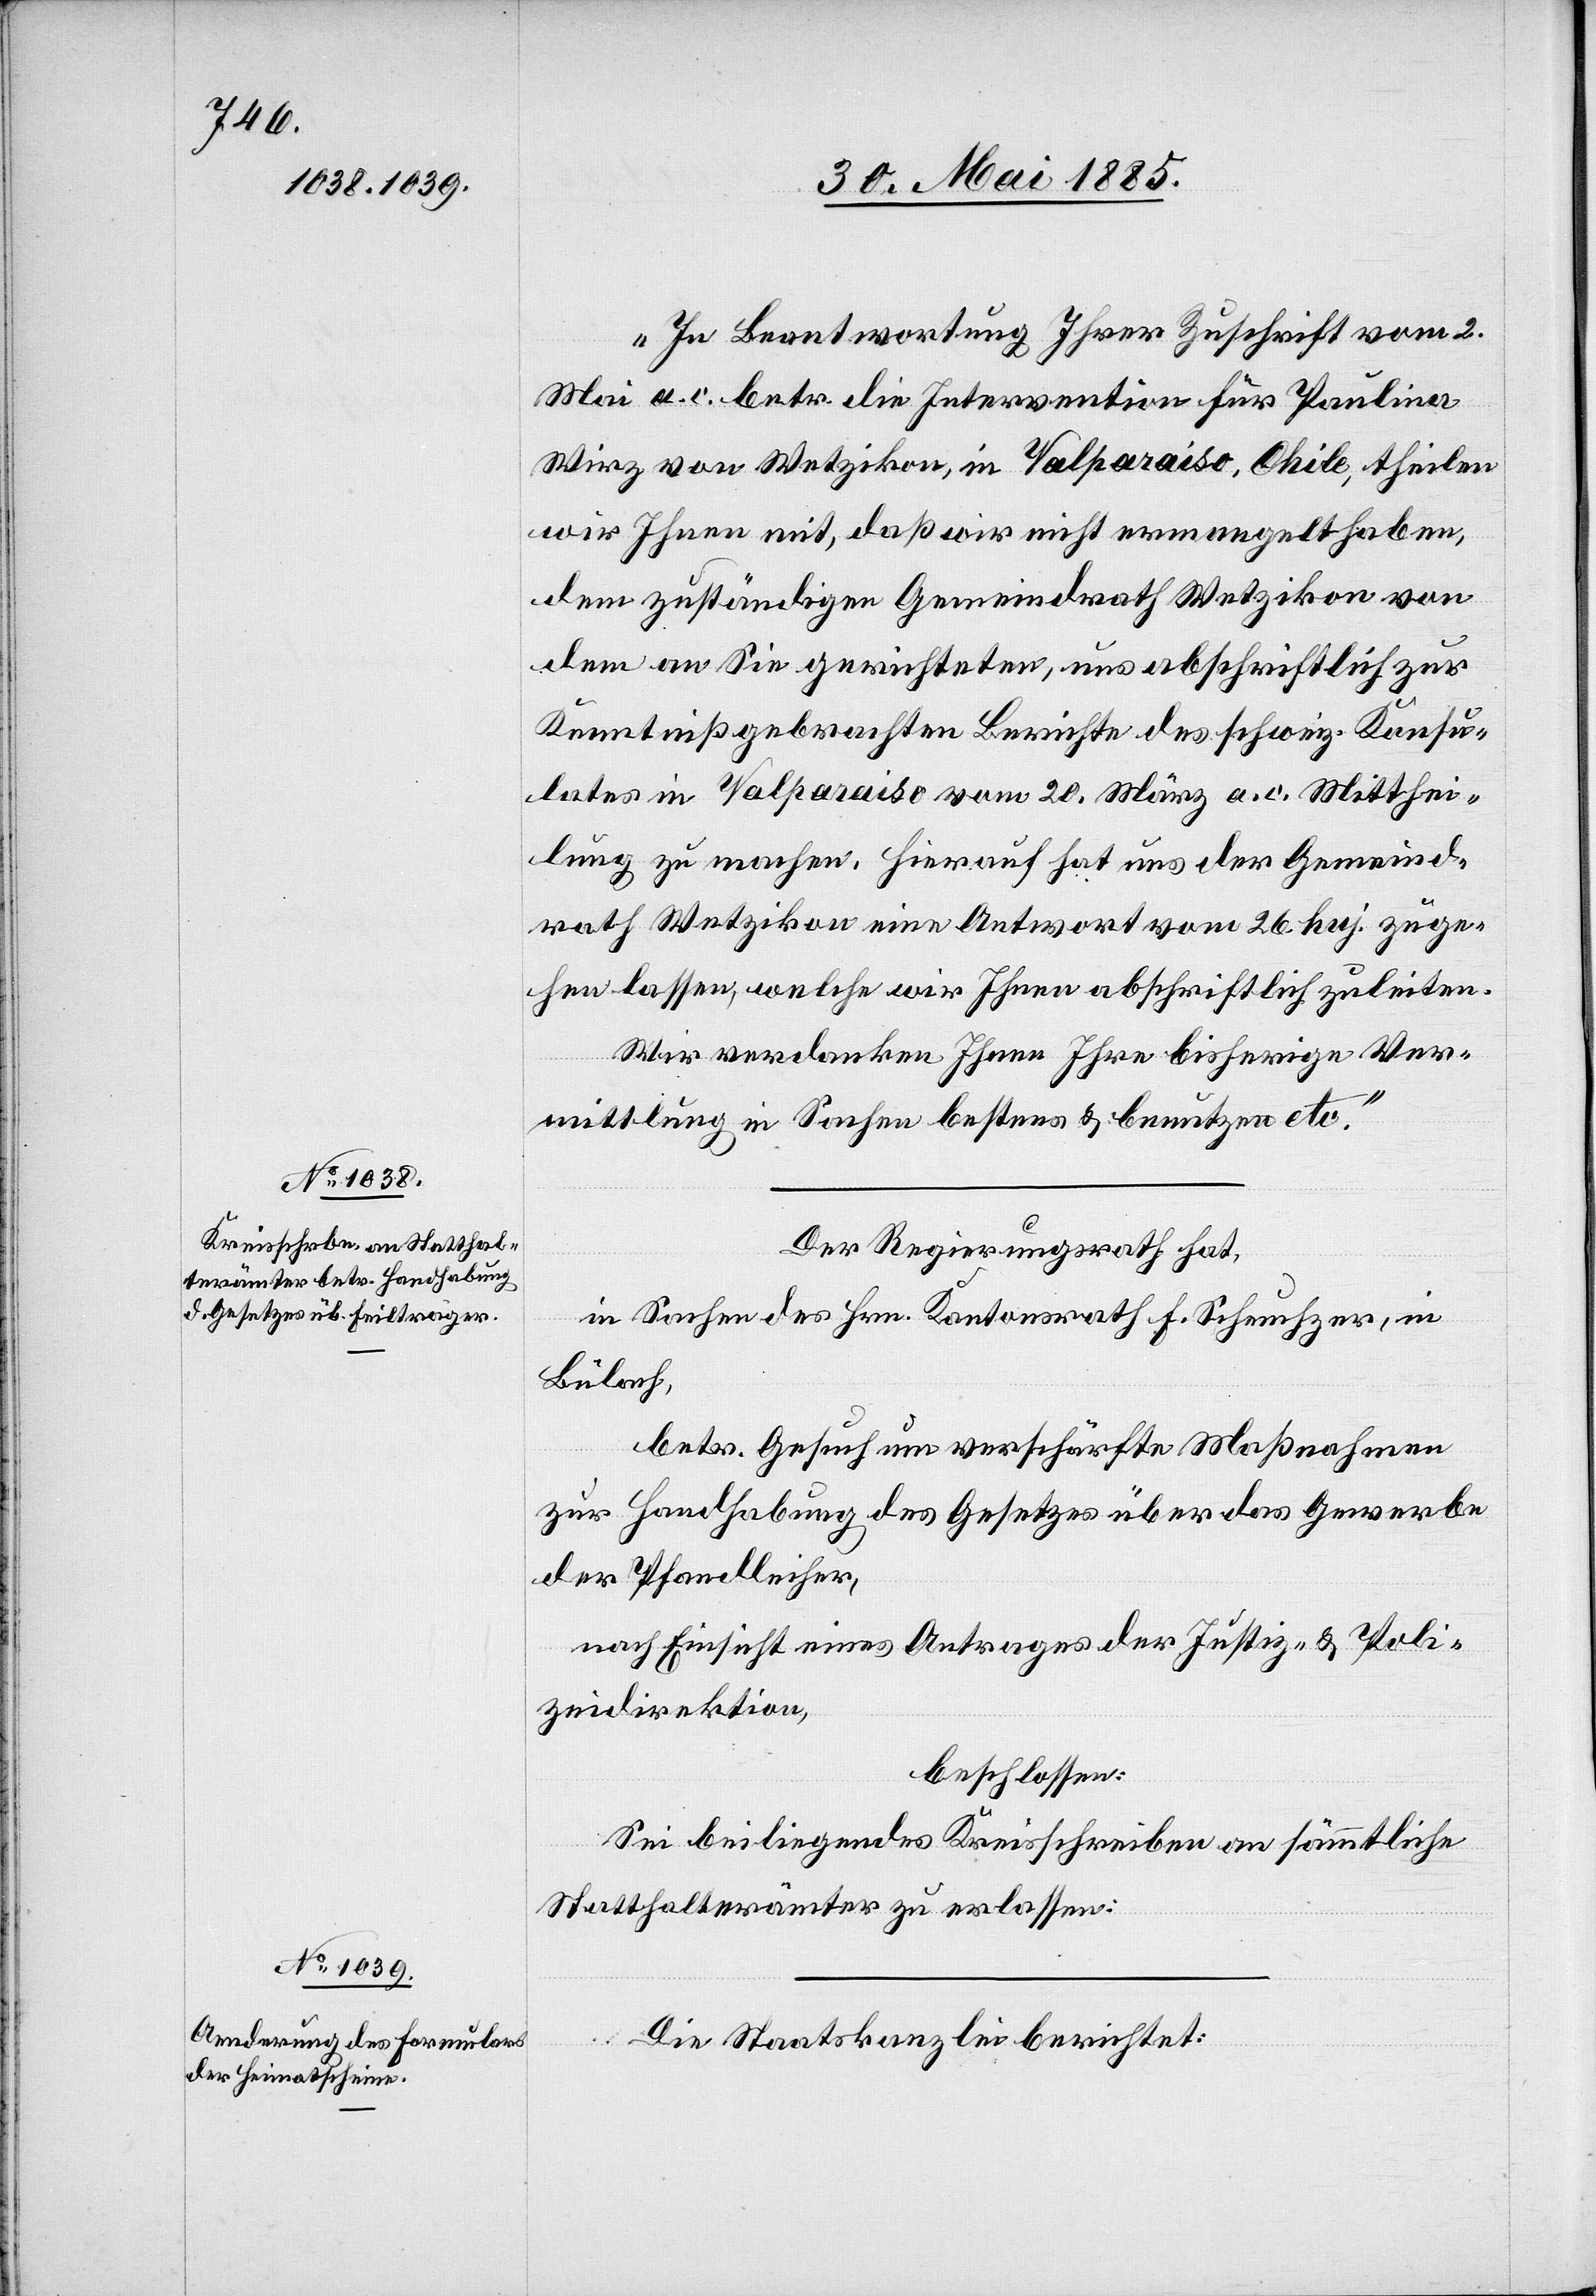
„In Beantwortung Ihrer Zuschrift vom 2.
Mai a. c. betr. die Intervention für Pauline
Wirz von Wetzikon, in Valparaiso, Chile, theilen
wir Ihnen mit, daß wir nicht ermangelt haben,
dem zuständigen Gemeindrath Wetzikon von
dem an Sie gerichteten, uns abschriftlich zur
Kenntniß gebrachten Berichte des schweiz. Konsu¬
lates in Valparaiso vom 20. März a. c. Mitthei¬
lung zu machen. Hierauf hat uns der Gemeind¬
rath Wetzikon eine Antwort vom 26. huj. zuge¬
hen lassen, welche wir Ihnen abschriftlich zuleiten.
Wir verdanken Ihnen Ihre bisherige Ver¬
mittlung in Sachen bestens & benutzen etc.“
Der Regierungsrath hat,
in Sachen des Hrn. Kantonsrath F. Schaufelberger, in
Bülach,
betr. Gesuch um verschärfte Maßnahmen
zur Handhabung des Gesetzes über das Gewerbe
der Pfandleiher,
nach Einsicht eines Antrages der Justiz- & Poli¬
zeidirektion,
beschlossen:
Sei beiliegendes Kreisschreiben an sämmtliche
Statthalterämter zu erlassen.
Die Staatskanzlei berichtet: